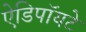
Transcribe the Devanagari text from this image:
ऐडिपॉयटे